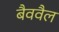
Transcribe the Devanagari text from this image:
बैववैल